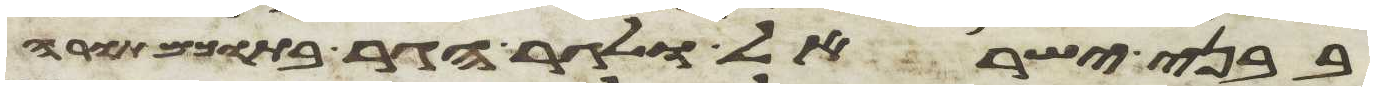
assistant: בבני ישראל ולגר הגר בתוכם תורה